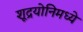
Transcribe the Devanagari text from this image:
शूद्रयोनिमध्ये